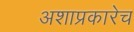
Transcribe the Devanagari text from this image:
अशाप्रकारेच